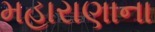
મહારાણાના